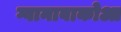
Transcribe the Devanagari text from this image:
ग्वानाबाकोआ